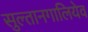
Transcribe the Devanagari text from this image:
सुल्तानगालियेव